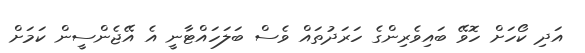
އަދި ކޯހަށް ހޮވޭ ބައިވެރިންގެ ހަރަދުތައް ވެސް ބަލަހައްޓާނީ އެ އޭޖެންސީން ކަމަށް